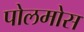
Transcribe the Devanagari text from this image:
पोलमोस